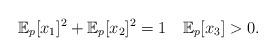
LaTeX: \begin{align*}\mathbb{E}_p[x_1]^2 + \mathbb{E}_p[x_2]^2 = 1\quad\mathbb{E}_p[x_3] > 0.\end{align*}